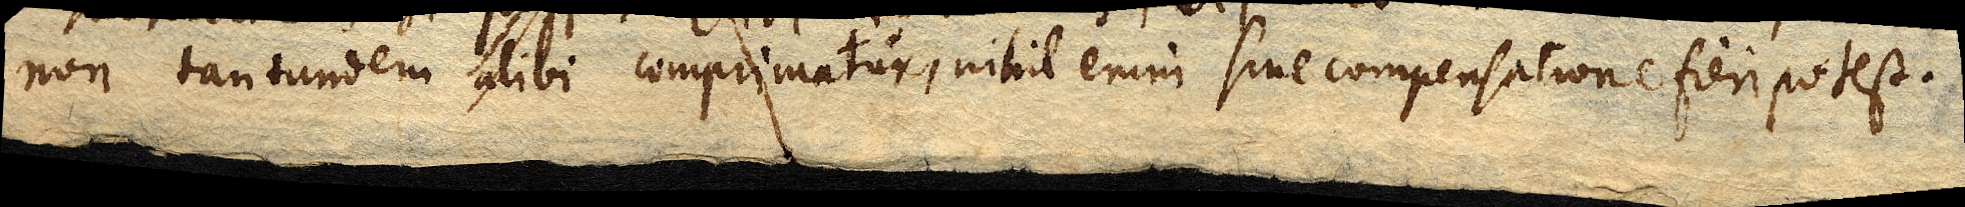
non tantundem alibi comprimatur, nihil enim sine compensatione fieri potest.